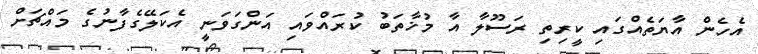
އެހެން އާޔަތެއްގައި ކީރިތި ރަސޫލާ އާ މުޚާތަބު ކުރައްވައި އަންގަވަނީ އެކަލޭގެފާނުގެ މައްޗަށް